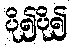
ပို၍ပို၍